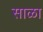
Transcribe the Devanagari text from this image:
साळा